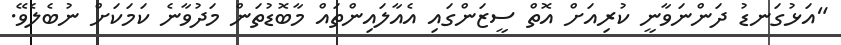
"އަޅުގަނޑު ދަންނަވާނީ ކުރިއަށް އޮތް ސީޒަންގައި އެއާލައިންތައް މާބޮޑުތަން މަދުވާނެ ކަމަކަށް ނުބެލެވޭ.